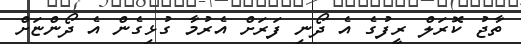
ތާޖު ކޮރަލް ރީފުގެ އެ ދޯނި ފަރަށް އެރުމާ ގުޅިގެން އެ ދޯންޏަށް